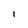
Character: i